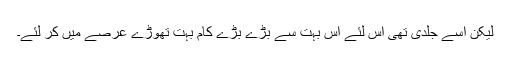
لیکن اسے جلدی تھی اس لئے اس بہت سے بڑے بڑے کام بہت تھوڑے عرصے میں کر لئے۔